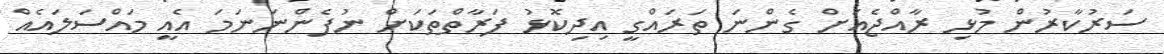
ސަރުކާރުން މުޅި ރާއްޖެއަށް ގެންނަ ތަރައްގީ އިދިކޮޅު ފަރާތްތަކަށް ނުފެންނަނަމަ އެއީ މައްސަލައެއް